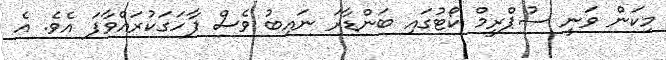
މިކަން ވަނީ ސުޕްރީމް ކޯޓުގައި ބަންޑާރަ ނައިބު ވެސް ފާހަގަކުރައްވާފަ އެވެ. އެ